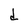
Character: d